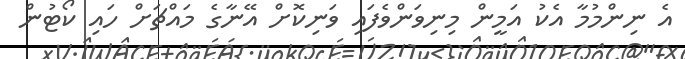
އެ ނިންމުމާ އެކު އަމީން މިނިވަންވެފައި ވަނިކޮށް އޭނާގެ މައްޗަށް ހައި ކޯޓުން